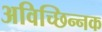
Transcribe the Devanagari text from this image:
अविच्छिन्नक